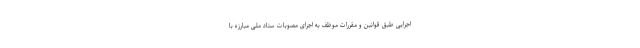
اجرایی طبق قوانین و مقررات موظف به اجرای مصوبات ستاد ملی مبارزه با